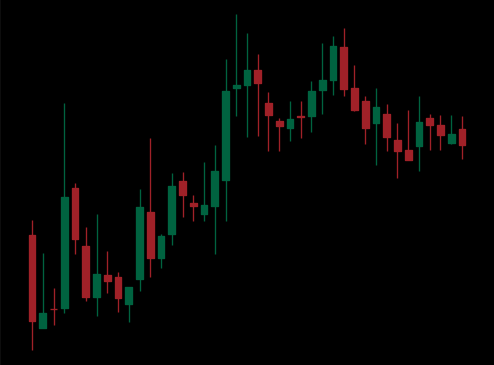
Pattern: bear_flag